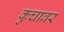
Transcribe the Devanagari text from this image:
कुचावर